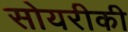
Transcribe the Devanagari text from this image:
सोयरीकी